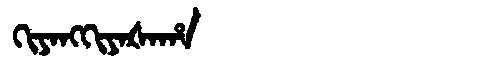
Manchu: ᡴᡳᠶᠠᠩᡴᡳᠶᠠᡧᠠᡥᠠ
Romanization: KIYANGKIYAŠAHA